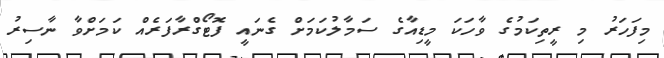
މިފަހަރު މި ރީތިކަމުގެ ވާހަކަ މީޑިއާގެ ސަމާލުކަމަށް ގެނައީ ފޮޓޯގްރާފަރެއް ކަމަށްވާ ނާސިރު